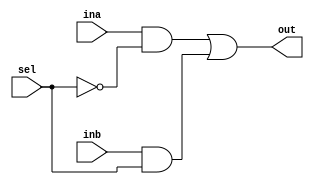
`timescale 1ns / 1ps
//////////////////////////////////////////////////////////////////////////////////
// Company: 
// Engineer: 
// 
// Design Name: 
// Module Name: mux2_1
// Project Name: 
// Target Devices: 
// Tool Versions: 
// Description: 
// 
// Dependencies: 
// 
// Revision:
// Revision 0.01 - File Created
// Additional Comments:
// 
//////////////////////////////////////////////////////////////////////////////////



module mux2_1(  input [31:0] ina,inb,
                input sel,
                output [31:0] out );
    assign out = (ina & ~sel ) | (inb & sel);
endmodule